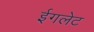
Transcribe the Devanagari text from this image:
ईगलेट